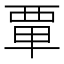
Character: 𫟛